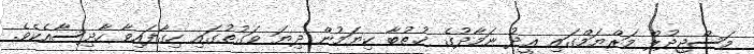
މަސްޖިދުލް މަރްޔަމްގައި ޢީދު ނަމާދުގެ ޚުޠުބާ ކިޔަމުން ދިޔަ ވަގުތުގައި ހިގާފައިވާ ހާދިސާއެކެވެ.